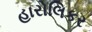
હારોલિકર